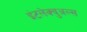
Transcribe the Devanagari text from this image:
इंटलेक्चुअल्स